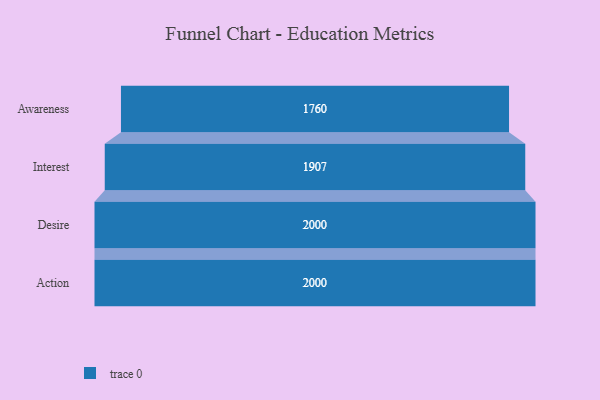
{"axis": {"x": "Stage", "y": "Value"}, "legend": [""], "data": [{"x": "Awareness", "y": 1760.0, "type": ""}, {"x": "Interest", "y": 1907.0, "type": ""}, {"x": "Desire", "y": 2000, "type": ""}, {"x": "Action", "y": 2000, "type": ""}]}